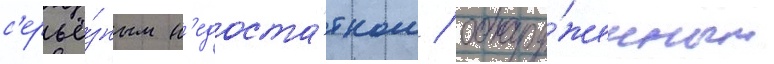
с'ерьё́зным н'едоста́тком / обнару́женным